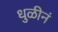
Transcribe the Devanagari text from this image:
धुळीनं